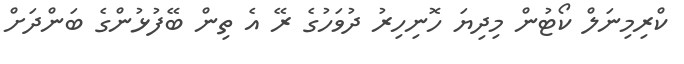
ކްރިމިނަލް ކޯޓުން މިދިޔަ ހޮނިހިރު ދުވަހުގެ ރޭ އެ ތިން ބޭފުޅުންގެ ބަންދަށް